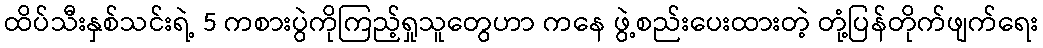
ထိပ်သီးနှစ်သင်းရဲ့ 5 ကစားပွဲကိုကြည့်ရှုသူတွေဟာ ကနေ ဖွဲ့စည်းပေးထားတဲ့ တုံ့ပြန်တိုက်ဖျက်ရေး